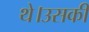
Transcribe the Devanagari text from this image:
थे।उसकी